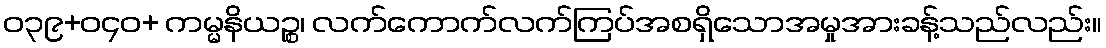
ဝ၃၉+ဝ၄၀+ ကမ္မနိယဉ္စ၊ လက်ကောက်လက်ကြပ်အစရှိသောအမှုအားခန့်သည်လည်း။